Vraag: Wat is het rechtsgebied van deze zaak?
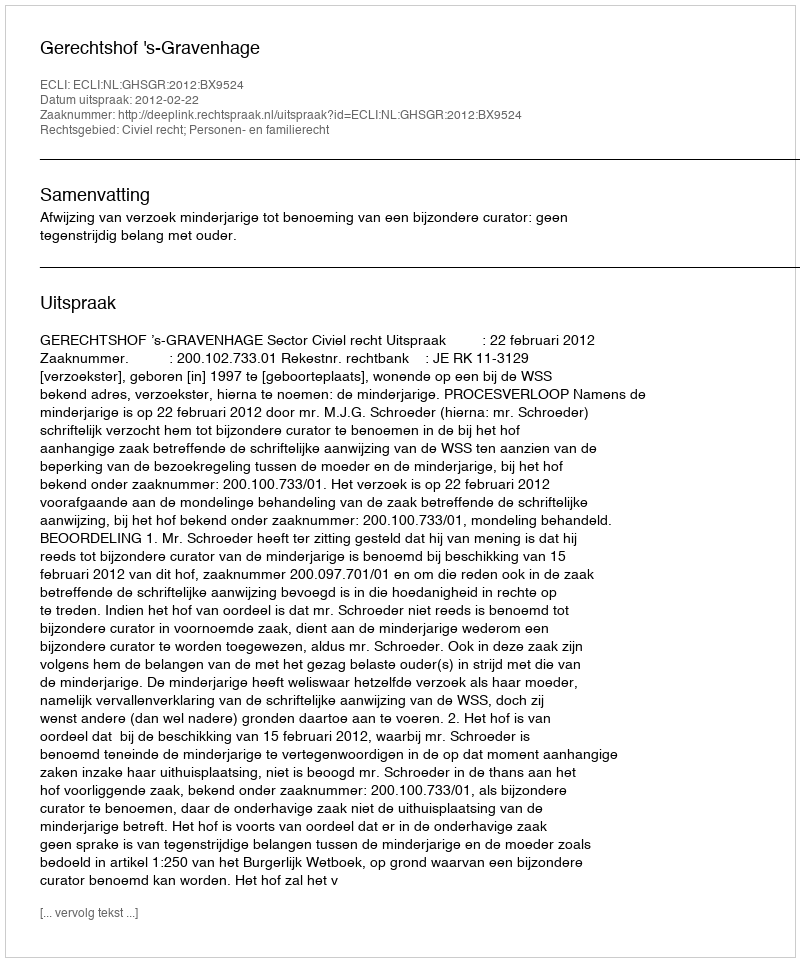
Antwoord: Civiel recht; Personen- en familierecht